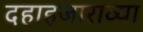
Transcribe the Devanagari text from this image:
दहाहजाराव्या